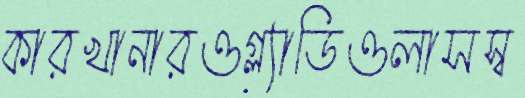
কারখানারওগ্ল্যাডিওলাসস্ব